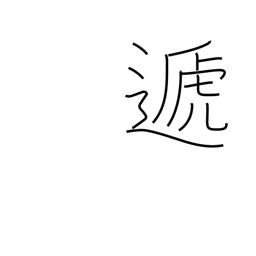
Meaning: hand over